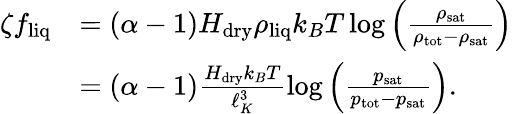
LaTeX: \begin{array}{rl}{\zeta f_{\mathrm{liq}}}&{=(\alpha-1)H_{\mathrm{dry}}\rho_{\mathrm{liq}}k_{B}T\log\left(\frac{\rho_{\mathrm{sat}}}{\rho_{\mathrm{tot}}-\rho_{\mathrm{sat}}}\right)}\\ &{=(\alpha-1)\frac{H_{\mathrm{dry}}k_{B}T}{\ell_{K}^{3}}\log\left(\frac{p_{\mathrm{sat}}}{p_{\mathrm{tot}}-p_{\mathrm{sat}}}\right).}\end{array}